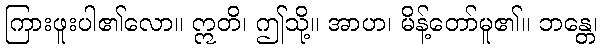
ကြားဖူးပါ၏လော။ ဣတိ၊ ဤသို့။ အာဟ၊ မိန့်တော်မူ၏။ ဘန္တေ၊